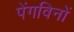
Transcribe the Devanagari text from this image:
पेंगविनों